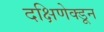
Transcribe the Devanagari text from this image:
दक्षिणेक्डून